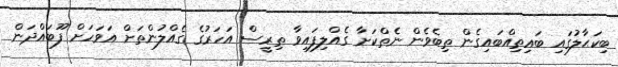
ބިކަޙާލުގައި ބައިތިއްބައިގެން ތިބެވެން ނެތްކަށާ ގެއްލިފައިވާ ތިރީސް އަހަރުގެ ގެއްލުންތަށް އަވަހަށް ފޫބައްދަން